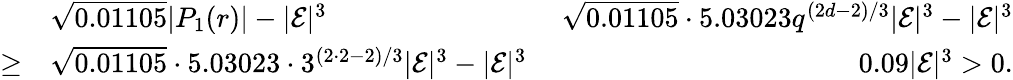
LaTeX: \begin{array}{rlr}&{\sqrt{0.01105}|P_{1}(r)|-|\mathcal{E}|^{3}\ }&{\sqrt{0.01105}\cdot 5.03023q^{(2d-2)/3}|\mathcal{E}|^{3}-|\mathcal{E}|^{3}}\\ {\geq}&{\sqrt{0.01105}\cdot 5.03023\cdot 3^{(2\cdot 2-2)/3}|\mathcal{E}|^{3}-|\mathcal{E}|^{3}\ }&{0.09|\mathcal{E}|^{3}>0.}\end{array}